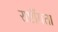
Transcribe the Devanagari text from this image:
राष्टींयता